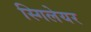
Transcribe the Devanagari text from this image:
स्गिलेयर